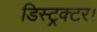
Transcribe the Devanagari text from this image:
डिस्ट्रक्टर।